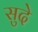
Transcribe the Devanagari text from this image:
सुदे